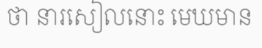
ថា នារសៀលនោះ មេឃមាន